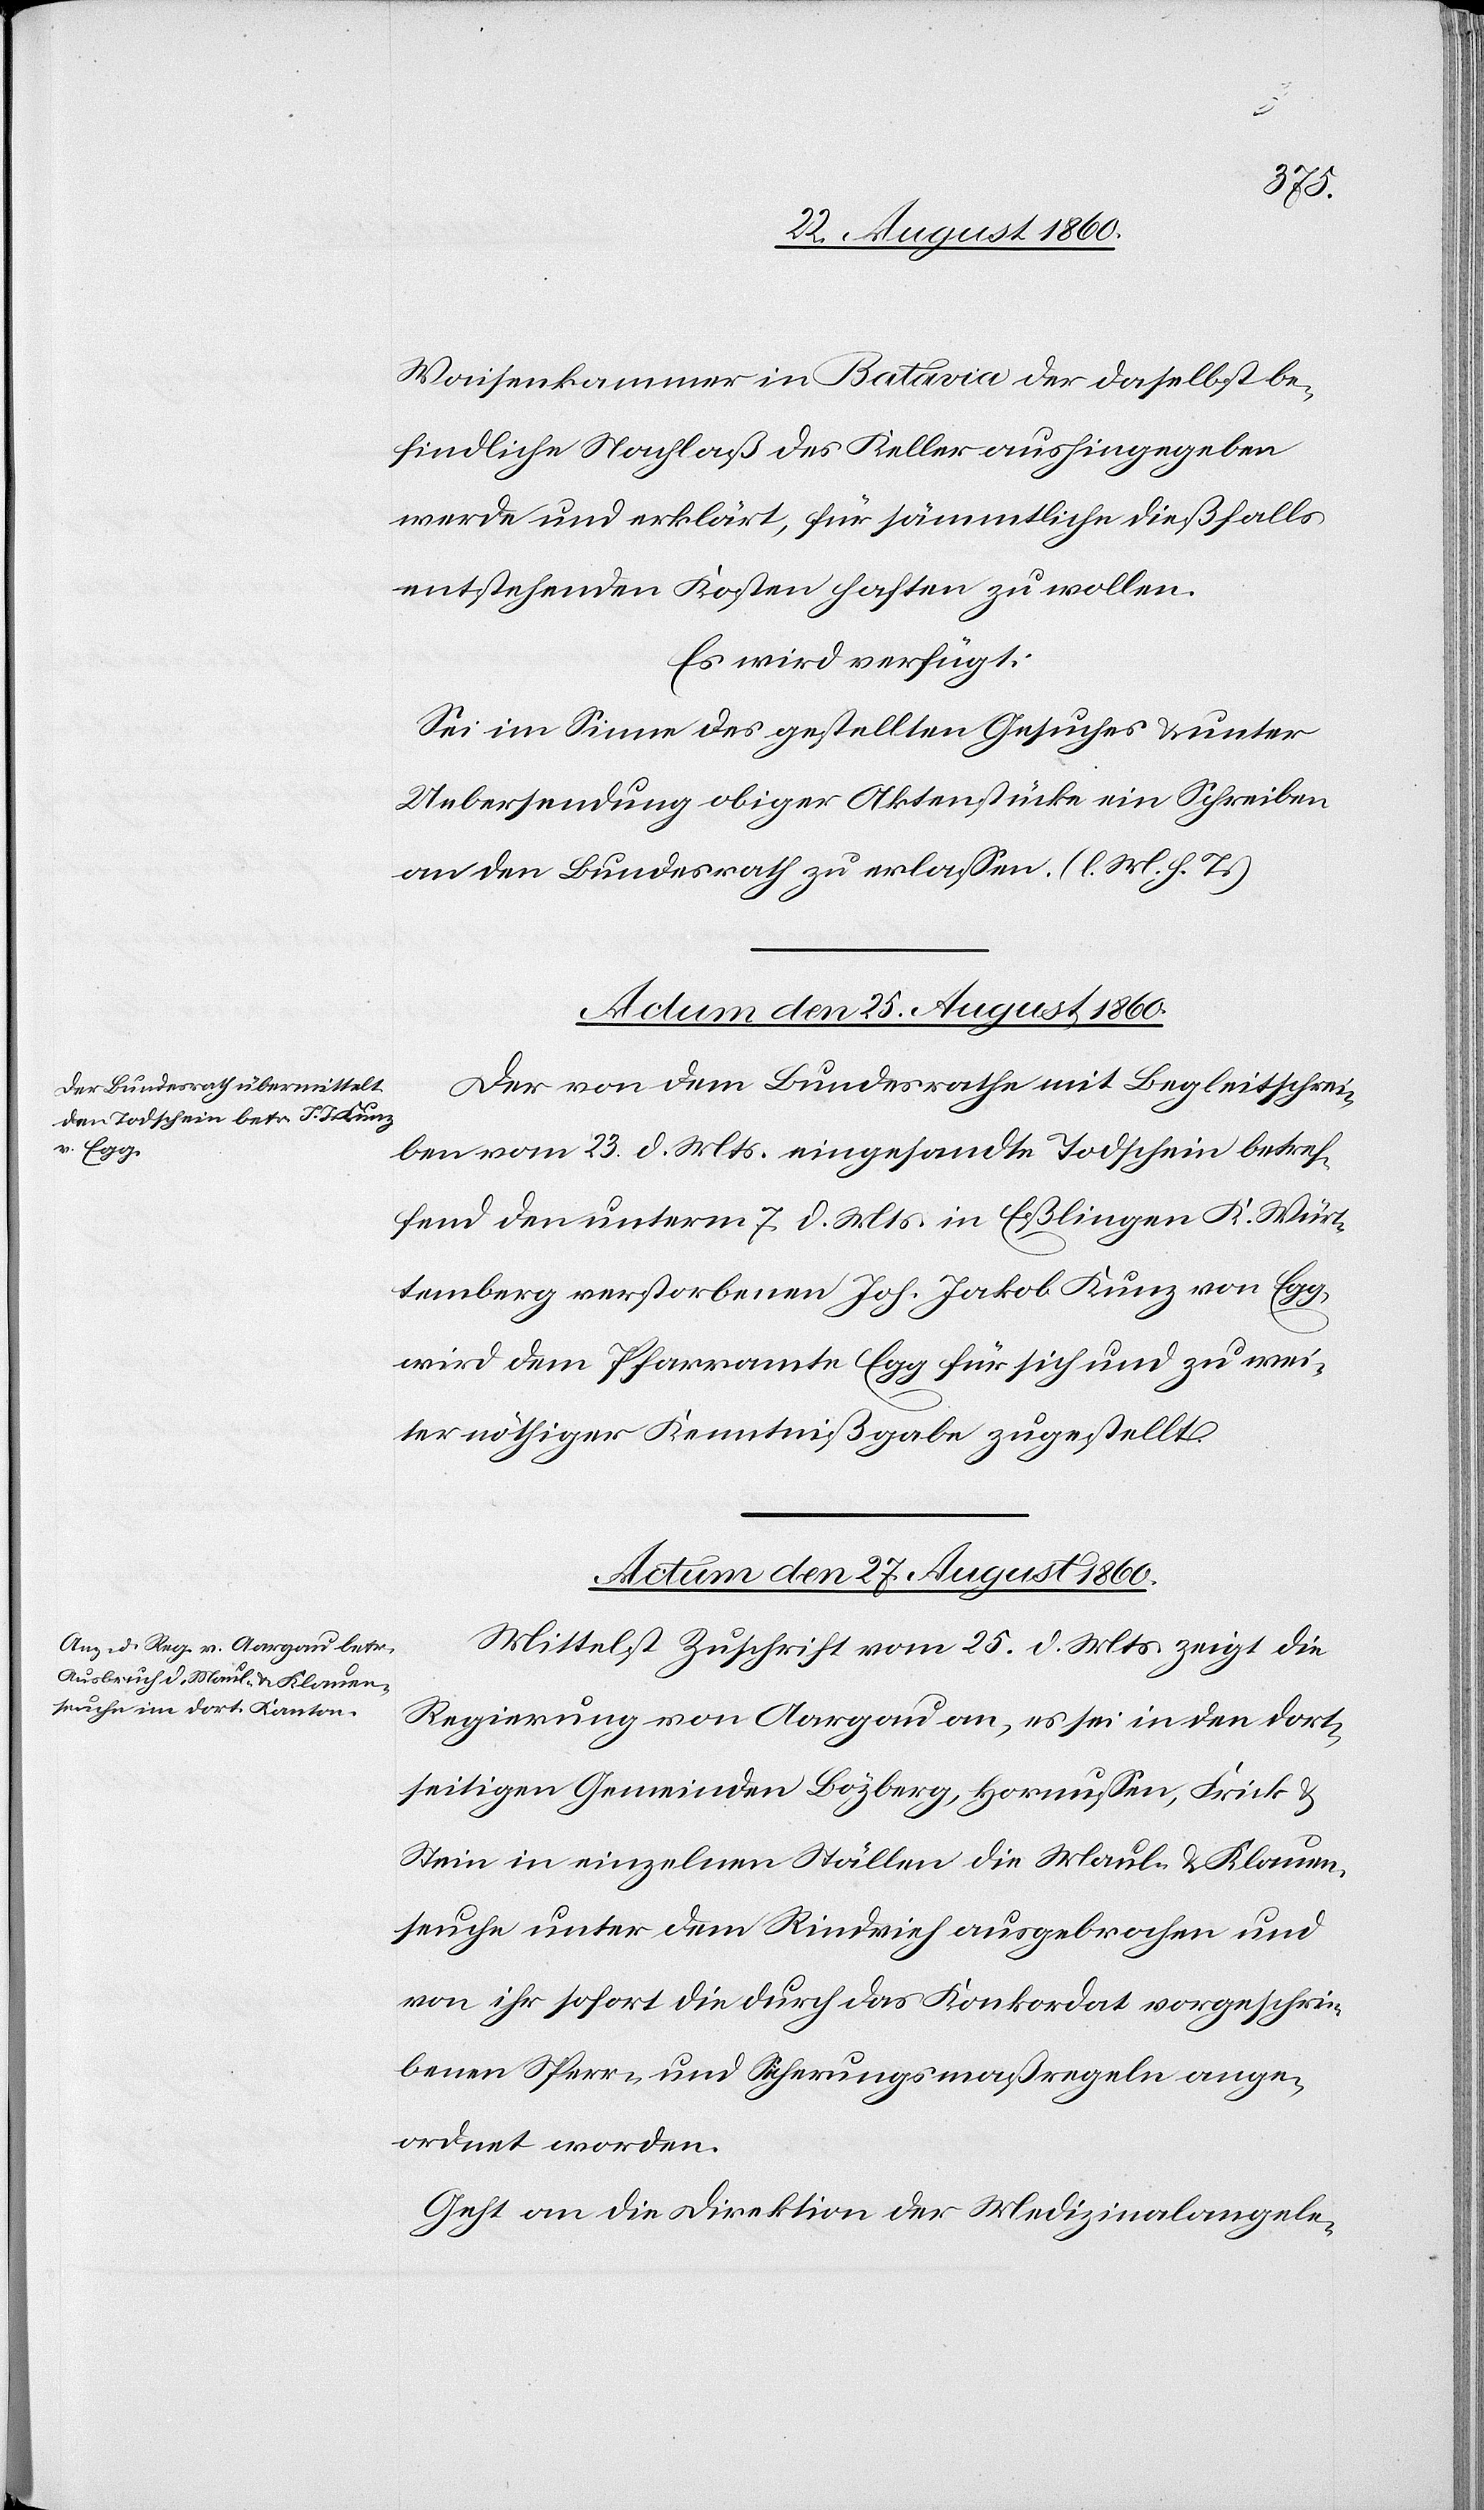
senkammer in Batavia der daselbst be¬
findliche Nachlass des Keller aushingegeben
werde u. erklärt, für sämmtliche diesfalls
entstehenden Kosten haften zu wollen.
Es wird verfügt:
Sei im Sinne des gestellten Gesuches u. unter
Uebersendung obiger Aktenstücke ein Schreiben
an den Bundesrath zu erlassen. (l. M. h. T.).
Actum den 25. August 1860.
Der von dem Bundesrathe mit Begleitschrei¬
ben vom 23. d. Mts. eingesandte Todschein betref¬
fend den unterm 7. d. Mts. in Esslingen, K. Würt¬
temberg verstorbenen Joh. Jakob Kunz von Egg
wird dem Pfarramte Egg für sich und zu wei¬
ter nöthiger Kenntnissgabe zugestellt.
Actum den 27. August 1860.
Mittelst Zuschrift vom 25. d. Mts. zeigt die
Regierung von Aargau an, es sei in den dort¬
seitigen Gemeinden Bözberg, Hornussen, Frick und
Stein in einzelnen Ställen die Maul- u. Klauen¬
seuche unter dem Rindvieh ausgebrochen und
von ihr sofort die durch Konkordat vorgeschrie¬
benen Sperr- u. Sicherungsmassregeln ange¬
ordnet worden.
Geht an die Direktion der Medizinalangele-